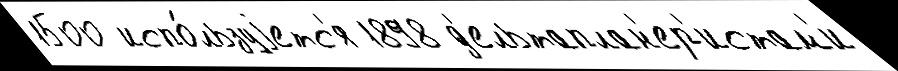
1500 испо́льзуjетс'я 1898 д'ельтаплан'ер'истам'и